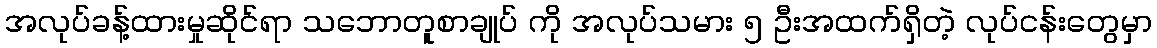
အလုပ်ခန့်ထားမှုဆိုင်ရာ သဘောတူစာချုပ် ကို အလုပ်သမား ၅ ဦးအထက်ရှိတဲ့ လုပ်ငန်းတွေမှာ